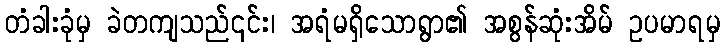
တံခါးခုံမှ ခဲတကျသည်၎င်း၊ အရံမရှိသောရွာ၏ အစွန်ဆုံးအိမ် ဥပမာရမှ